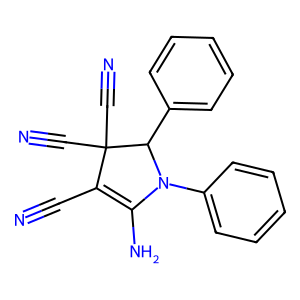
SMILES: N#CC1=C(N)N(c2ccccc2)C(c2ccccc2)C1(C#N)C#N
Inhibits HIV replication: No